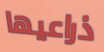
ذراعيها